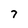
Character: 7